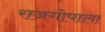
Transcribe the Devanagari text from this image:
राजगोपाला